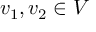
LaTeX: v _ { 1 } , v _ { 2 } \in V